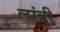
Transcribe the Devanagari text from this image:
लांब्री